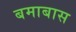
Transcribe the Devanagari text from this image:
बमाबास